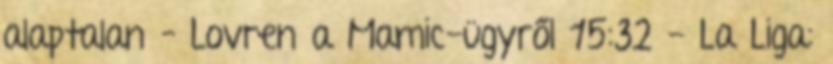
alaptalan – Lovren a Mamic-ügyről 15:32 - La Liga: